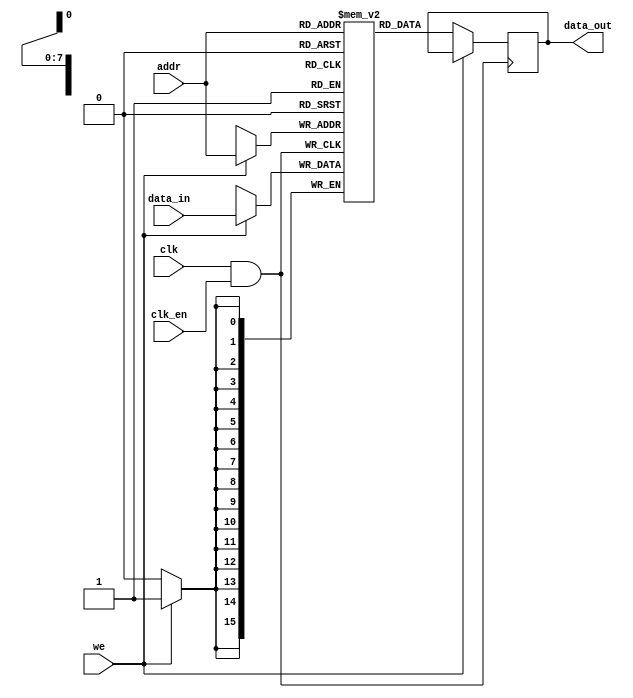
module memory_block (
    input wire clk,          // Original clock signal
    input wire clk_en,      // Static enable signal for clock gating
    input wire [7:0] addr,  // Address input
    input wire [15:0] data_in, // Data input for write operations
    input wire we,          // Write enable signal
    output reg [15:0] data_out // Data output for read operations
);

    // Memory array declaration
    reg [15:0] mem_array [0:255]; // 256 x 16-bit memory

    // Clock gating logic
    wire gated_clk;
    assign gated_clk = clk & clk_en; // AND gate for clock gating

    // Memory operations
    always @(posedge gated_clk) begin
        if (we) begin
            // Write operation
            mem_array[addr] <= data_in;
        end else begin
            // Read operation
            data_out <= mem_array[addr];
        end
    end

endmodule